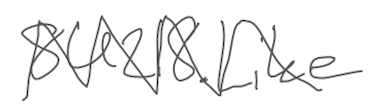
Text: 8U218.Like
Cross-out: zig-zag
Writing tool: digital_gray